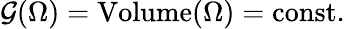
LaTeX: {\mathcal{G}}(\Omega)={\mathrm{Volume}}(\Omega)={\mathrm{const.}}